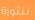
للثورة